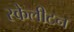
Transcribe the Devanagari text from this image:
स्केलीटन